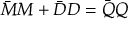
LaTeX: \bar { \cal M } { \cal M } + \bar { \cal D } { \cal D } = \bar { \cal Q } { \cal Q }